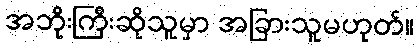
အဘိုးကြီးဆိုသူမှာ အခြားသူမဟုတ်။